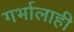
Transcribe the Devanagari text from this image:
गर्भालाही